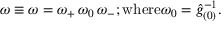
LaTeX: \omega \equiv \omega = \omega _ { + } \, \omega _ { 0 } \, \omega _ { - } ; \mathrm { w h e r e } \omega _ { 0 } = \hat { g } _ { ( 0 ) } ^ { - 1 } .